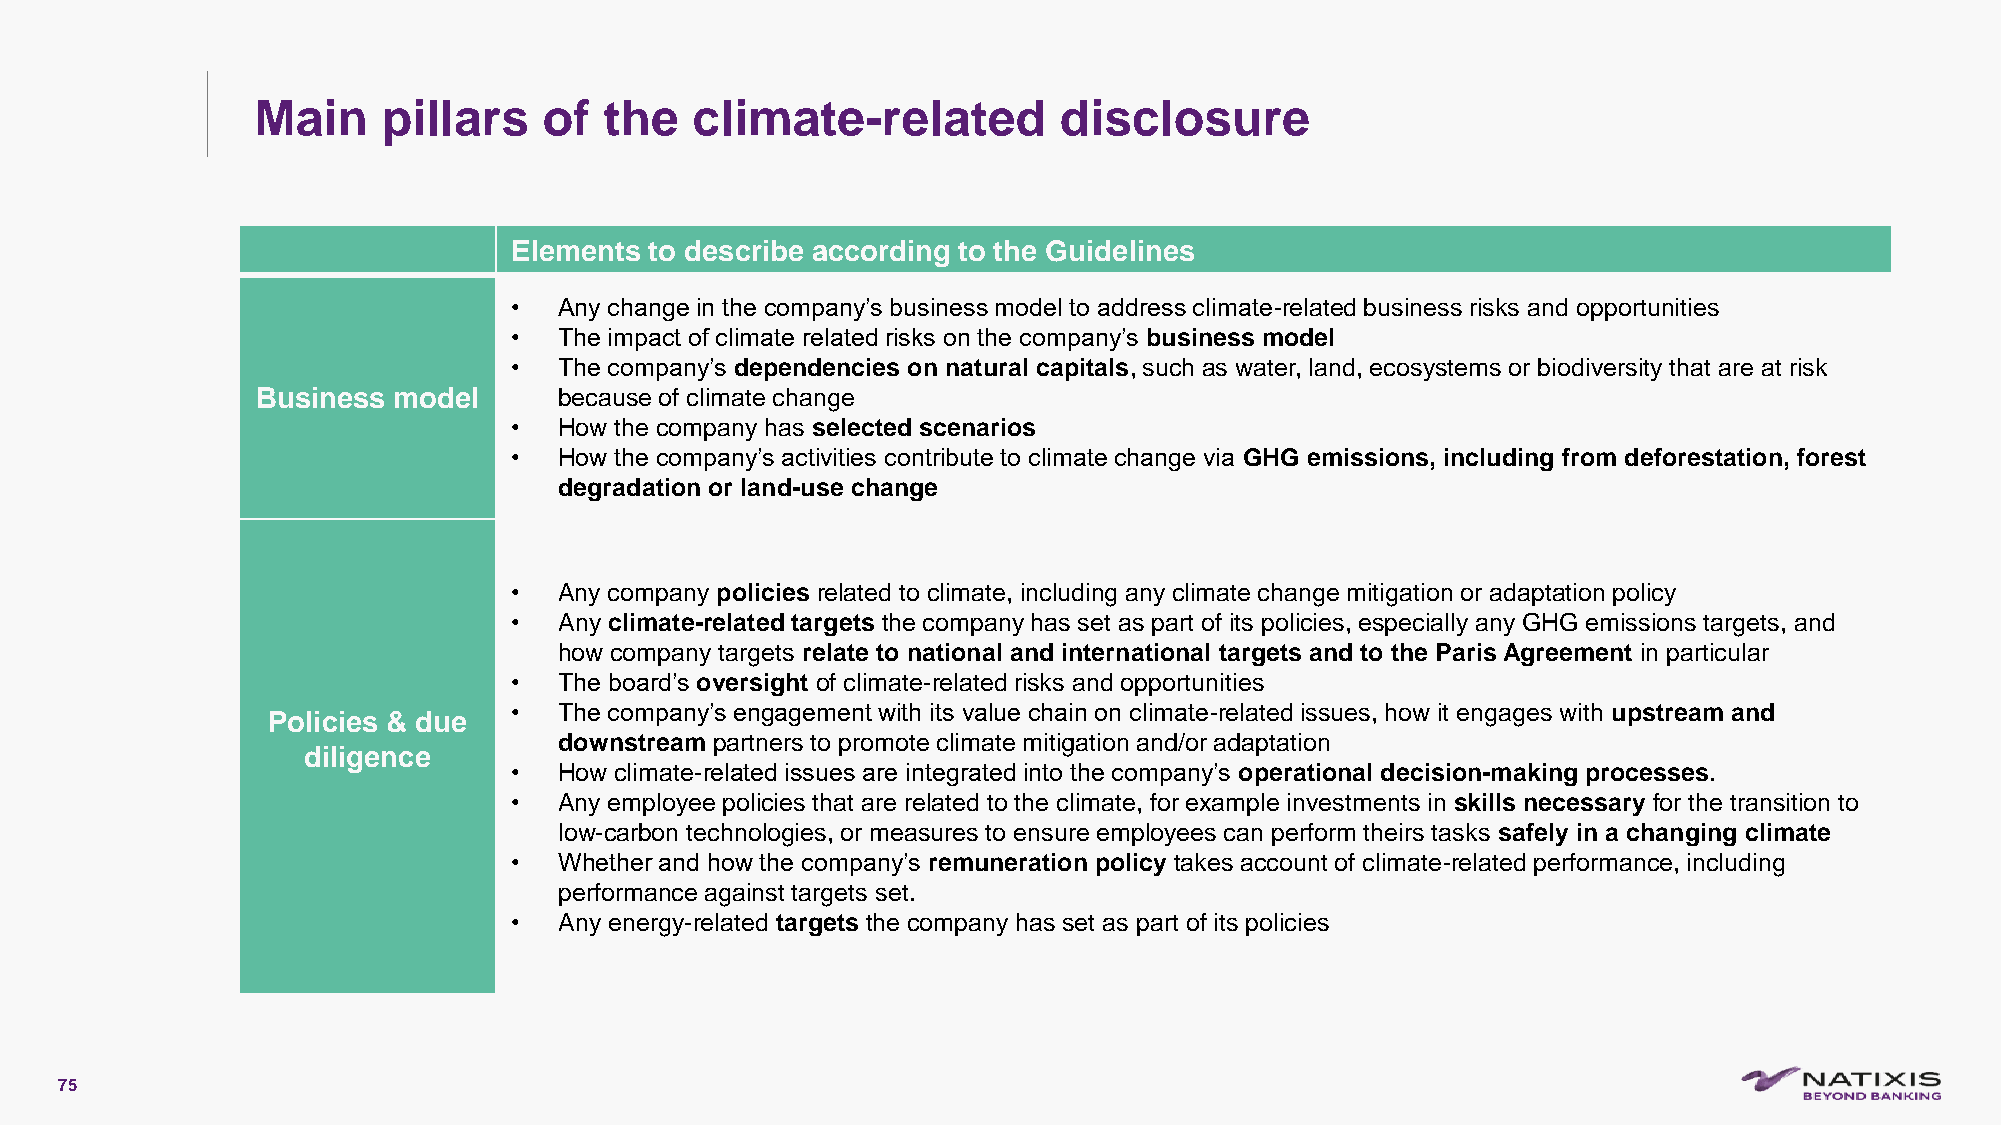
Main    pillars    of  the   climate-related         disclosure
 Elements to describe according to the Guidelines
 •  Any change in the company’s business model to address climate-related business risks and opportunities
 •  The impact of climate related risks on the company’s business model
 •  The company’s dependencies on natural capitals, such as water, land, ecosystems or biodiversity that are at risk
 Business model      because of climate change
 •  How the company has selected scenarios
 •  How the company’s activities contribute to climate change via GHG emissions, including from deforestation, forest
 degradation or land-use change
 •  Any company policies related to climate, including any climate change mitigation or adaptation policy
 •  Any climate-related targets the company has set as part of its policies, especially any GHG emissions targets, and
 how company targets relate to national and international targets and to the Paris Agreement in particular
 •  The board’s oversight of climate-related risks and opportunities
 •  The company’s engagement with its value chain on climate-related issues, how it engages with upstream and
 Policies & due
 downstream partners to promote climate mitigation and/or adaptation
 diligence
 •  How climate-related issues are integrated into the company’s operational decision-making processes.
 •  Any employee policies that are related to the climate, for example investments in skills necessary for the transition to
 low-carbon technologies, or measures to ensure employees can perform theirs tasks safely in a changing climate
 •  Whether and how the company’s remuneration policy takes account of climate-related performance, including
 performance against targets set.
 •  Any energy-related targets the company has set as part of its policies
 75
 C1-PublicNat